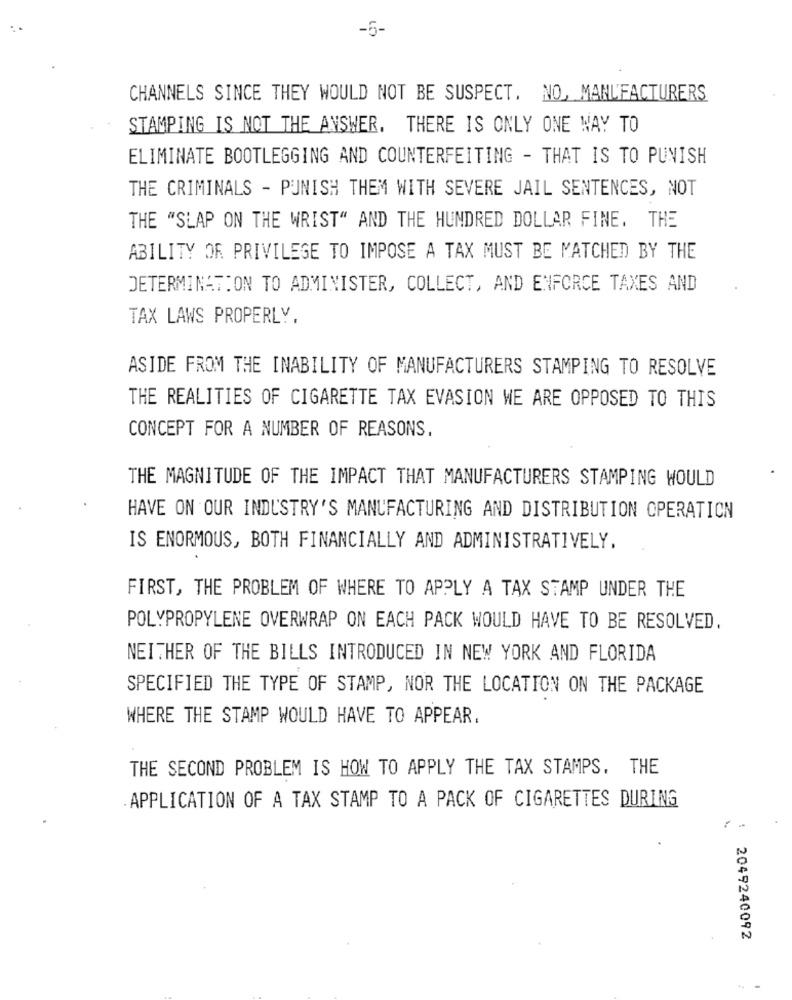
-5-
CHANNELS SINCE THEY WOULD NOT BE SUSPECT, NO, MANUFACTURERS
STAMPING IS NOT THE ANSWER. THERE IS ONLY ONE WAY TO
ELIMINATE BOOTLEGGING AND COUNTERFEITING - THAT IS TO PUNISH
THE CRIMINALS - PUNISH THEM WITH SEVERE JAIL SENTENCES, NOT
THE "SLAP ON THE WRIST" AND THE HUNDRED DOLLAR FINE. THE
ABILITY OR PRIVILEGE TO IMPOSE A TAX MUST BE MATCHED BY THE
DETERMINATION TO ADMINISTER, COLLECT, AND ENFORCE TAXES AND
TAX LAWS PROPERLY.
ASIDE FROM THE INABILITY OF MANUFACTURERS STAMPING TO RESOLVE
THE REALITIES OF CIGARETTE TAX EVASION WE ARE OPPOSED TO THIS
CONCEPT FOR A NUMBER OF REASONS.
THE MAGNITUDE OF THE IMPACT THAT MANUFACTURERS STAMPING WOULD
HAVE ON OUR INDUSTRY'S MANUFACTURING AND DISTRIBUTION OPERATION
IS ENORMOUS, BOTH FINANCIALLY AND ADMINISTRATIVELY,
FIRST, THE PROBLEM OF WHERE TO APPLY A TAX STAMP UNDER THE
POLYPROPYLENE OVERWRAP ON EACH PACK WOULD HAVE TO BE RESOLVED.
NEITHER OF THE BILLS INTRODUCED IN NEW YORK AND FLORIDA
SPECIFIED THE TYPE OF STAMP, NOR THE LOCATION ON THE PACKAGE
WHERE THE STAMP WOULD HAVE TO APPEAR.
THE SECOND PROBLEM IS HOW TO APPLY THE TAX STAMPS. THE
APPLICATION OF A TAX STAMP TO A PACK OF CIGARETTES DURING
2049240092